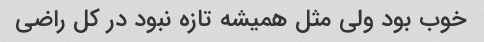
خوب بود ولی مثل همیشه تازه نبود در کل راضی